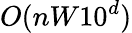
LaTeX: O(nW10^{d})